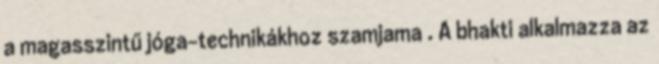
a magasszintű jóga-technikákhoz szamjama . A bhakti alkalmazza az